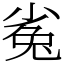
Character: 㝹